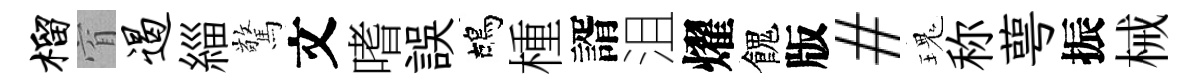
榴窅遏緇驚文嗜誤鴣㮔諝沮燿餽版#瑰称萼振械